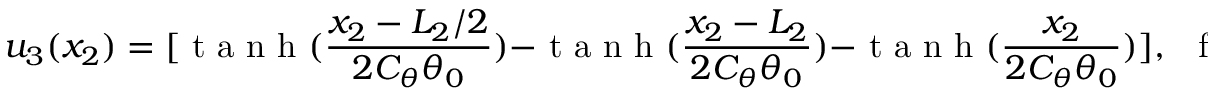
u _ { 3 } ( x _ { 2 } ) = [ \mathrm { ~ t ~ a ~ n ~ h ~ } ( \frac { x _ { 2 } - L _ { 2 } / 2 } { 2 C _ { \theta } \theta _ { 0 } } ) - \mathrm { ~ t ~ a ~ n ~ h ~ } ( \frac { x _ { 2 } - L _ { 2 } } { 2 C _ { \theta } \theta _ { 0 } } ) - \mathrm { ~ t ~ a ~ n ~ h ~ } ( \frac { x _ { 2 } } { 2 C _ { \theta } \theta _ { 0 } } ) ] , ~ ~ \mathrm { ~ f ~ o ~ r ~ } ~ 0 < x _ { 2 } \leq L _ { 2 } ,